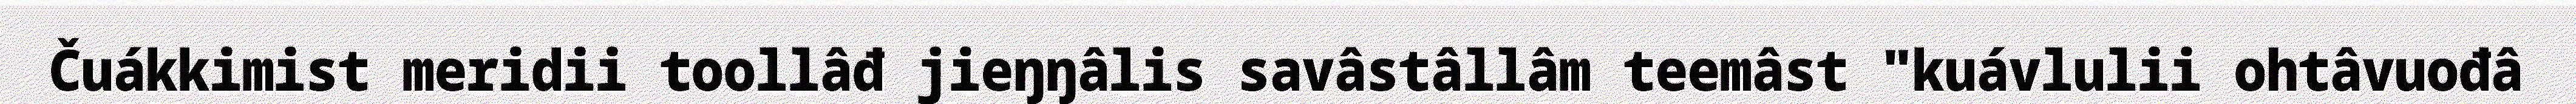
Čuákkimist meridii toollâđ jieŋŋâlis savâstâllâm teemâst "kuávlulii ohtâvuođâ